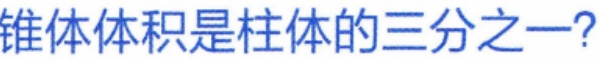
锥体体积是柱体的三分之一?